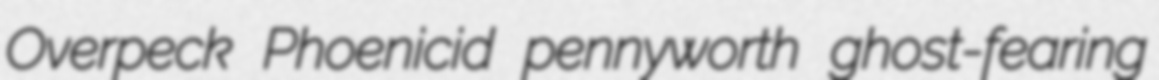
Overpeck Phoenicid pennyworth ghost-fearing